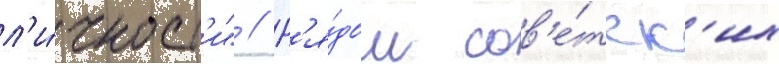
л'и́чност'и" // Р'я́дом сов'е́тск'их